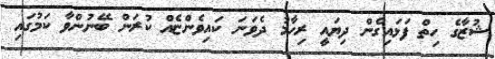
ޝުޒާގެ ހިތް ފަޅައިގެން ދިޔައީ ރިހާމު ދެވަނަ ކައިވެންޏެއް ކުރަން ބޭނުންވާ ކަމުގައި